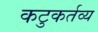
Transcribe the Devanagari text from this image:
कटुकर्तव्य